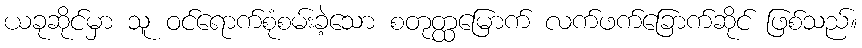
ယခုဆိုင်မှာ သူ ဝင်ရောက်စုံစမ်းခဲ့သော စတုတ္ထမြောက် လက်ဖက်ခြောက်ဆိုင် ဖြစ်သည်။